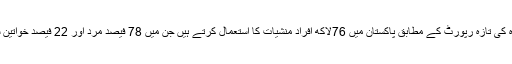
اقوام متحدہ کی تازہ رپورٹ کے مطابق پاکستان میں 76لاکھ افراد منشیات کا استعمال کرتے ہیں جن میں 78 فیصد مرد اور 22 فیصد خواتین شامل ہیں۔